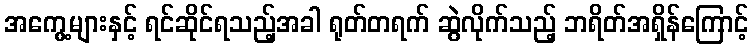
အကွေ့များနှင့် ရင်ဆိုင်ရသည့်အခါ ရုတ်တရက် ဆွဲလိုက်သည့် ဘရိတ်အရှိန်ကြောင့်